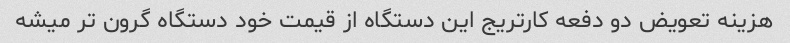
هزینه تعویض دو دفعه کارتریج این دستگاه از قیمت خود دستگاه گرون تر میشه